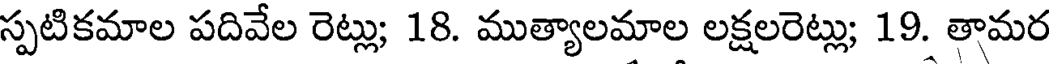
స్పటికమాల పదివేల రెట్లు; 18. ముత్యాలమాల లక్షలరెట్లు; 19. తామర